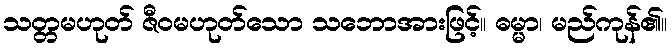
သတ္တမဟုတ် ဇီဝမဟုတ်သော သဘောအားဖြင့်။ ဓမ္မာ၊ မည်ကုန်၏။